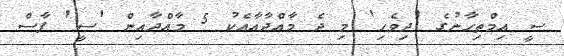
ސީ އިމްތިޙާނުގެ 'ދިވެހި' މި ދެ މާއްދާއާއެކު 5 މާއްދާއިން 'ސީ' ފާސް